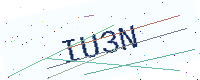
Text: IU3N